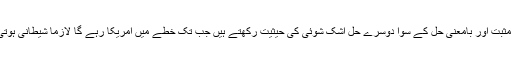
بلاشبہ اس مثبت اور بامعنی حل کے سوا دوسرے حل اشک شوئی کی حیثیت رکھتے ہیں جب تک خطے میں امریکا رہے گا لازماً شیطانی ہوتی رہے گی۔